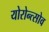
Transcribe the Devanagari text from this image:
योरोन्त्सोव